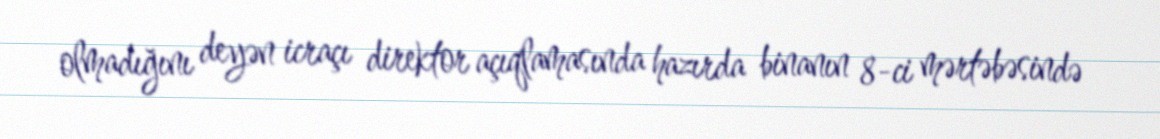
olmadığını deyən icraçı direktor açıqlamasında hazırda binanın 8-ci mərtəbəsində